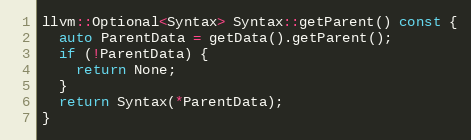
Language: C++
llvm::Optional<Syntax> Syntax::getParent() const {
  auto ParentData = getData().getParent();
  if (!ParentData) {
    return None;
  }
  return Syntax(*ParentData);
}